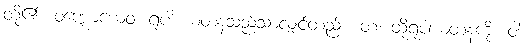
တို့၏။ ဝဏ္ဏောယေဝ၊ ရူပါ ယတနသည်သာလျှင်တည်း။ တံ၊ ထိုရူပါယတနကို။ ဝါ၊